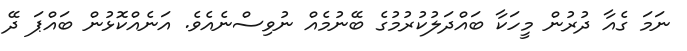
ނަމަ ގެއާ ދުރުން މީހަކާ ބައްދަލުކުރުމުގެ ބޭނުމެއް ނުވިސްނެއެވެ. އަނެއްކޮޅުން ބައްޕަ ދޭ